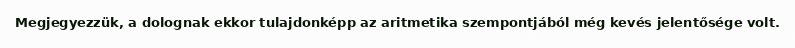
Megjegyezzük, a dolognak ekkor tulajdonképp az aritmetika szempontjából még kevés jelentősége volt.